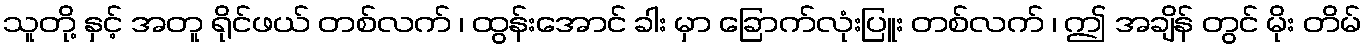
သူတို့ နှင့် အတူ ရိုင်ဖယ် တစ်လက် ၊ ထွန်းအောင် ခါး မှာ ခြောက်လုံးပြူး တစ်လက် ၊ ဤ အချိန် တွင် မိုး တိမ်